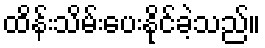
ထိန်းသိမ်းပေးနိုင်ခဲ့သည်။